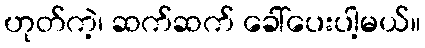
ဟုတ်ကဲ့၊ ဆက်ဆက် ခေါ်ပေးပါ့မယ်။